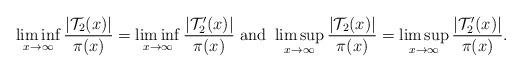
LaTeX: \begin{align*} \liminf_{x\to \infty}\frac{\vert \mathcal{T}_2(x)\vert}{\pi(x)}=\liminf_{x\to \infty}\frac{\vert \mathcal{T}'_2(x)\vert}{\pi(x)} \ \mbox{and} \ \limsup_{x\to \infty}\frac{\vert \mathcal{T}_2(x)\vert}{\pi(x)}=\limsup_{x\to \infty}\frac{\vert \mathcal{T}'_2(x)\vert}{\pi(x)}.\end{align*}